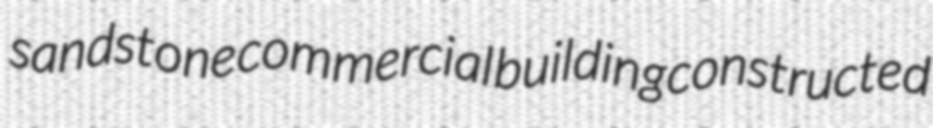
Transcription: sandstone commercial building constructed